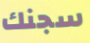
سجنك